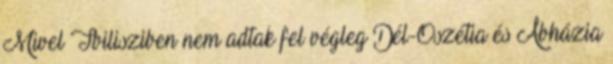
Mivel Tbilisziben nem adtak fel végleg Dél-Oszétia és Abházia